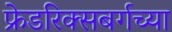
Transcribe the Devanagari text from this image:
फ्रेडरिक्सबर्गच्या